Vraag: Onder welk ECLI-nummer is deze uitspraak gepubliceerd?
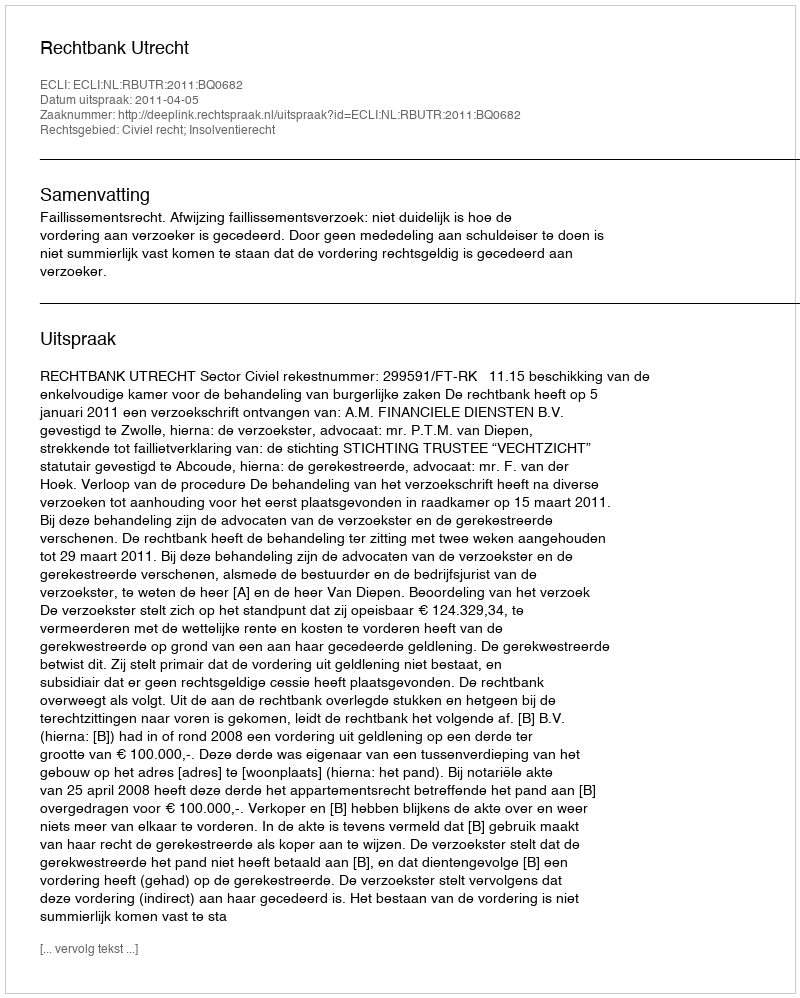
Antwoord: ECLI:NL:RBUTR:2011:BQ0682